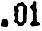
.01